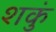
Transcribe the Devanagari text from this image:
शकुं